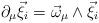
LaTeX: \begin{align*}\partial_\mu\vec\xi_i = \vec\omega_\mu\wedge\vec\xi_i\end{align*}